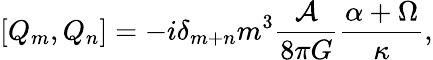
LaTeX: \left[Q_{m},Q_{n}\right]=-i\delta_{m+n}m^{3}\frac{{\cal A}}{8\pi G}\frac{\alpha+\Omega}{\kappa},